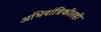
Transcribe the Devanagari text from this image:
अभियांत्रिकीतही